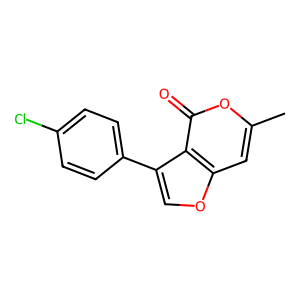
SMILES: Cc1cc2occ(-c3ccc(Cl)cc3)c2c(=O)o1
Inhibits HIV replication: No